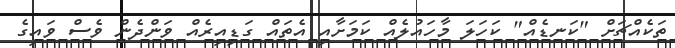
ތަކެއްޗަށް "ކަނޑެއް" ކަހަލަ މާހައުލެއް ކަމަށާއި އެތައް ގަޑިއިރެއް ވަންދެން ވެސް ވައިގެ